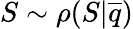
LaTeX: S\sim\rho(S|\overline{{q}})